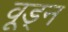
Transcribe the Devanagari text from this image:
वूड्न